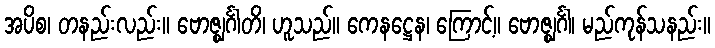
အပိစ၊ တနည်းလည်း။ ဗောဇ္ဈင်္ဂါတိ၊ ဟူသည်။ ကေနဋ္ဌေန၊ ကြောင့်။ ဗောဇ္ဈင်္ဂါ၊ မည်ကုန်သနည်း။